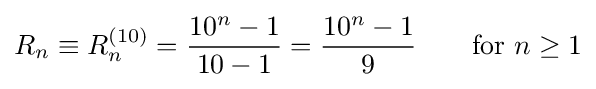
R_{n}\equiv R_{n}^{(10)}={10^{n}-1 \over {10-1}}={10^{n}-1 \over 9}\qquad {\mbox{for }}n\geq 1